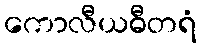
ကောလီယဓီတရံ